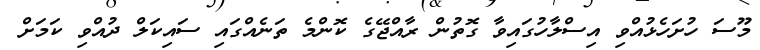
މޫސަ ހުށަހެޅުއްވި އިސްލާހުގައިވާ ގޮތުން ރާއްޖޭގެ ކޮންމެ ތަނެއްގައި ސަައިކަލް ދުއްވި ކަމަށް